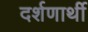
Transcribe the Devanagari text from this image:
दर्शणार्थी